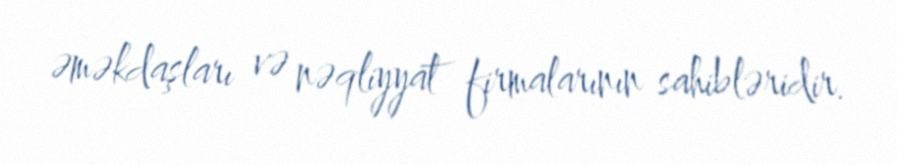
əməkdaşları və nəqliyyat firmalarının sahibləridir.